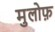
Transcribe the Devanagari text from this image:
मुलोफ़